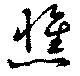
憔